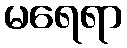
မရေရာ